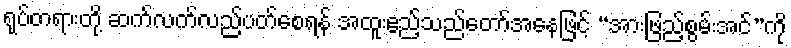
ရုပ်တရားတို့ ဆက်လက်လည်ပတ်စေရန် အထူးဧည့်သည်တော်အနေဖြင့် “အားဖြည့်စွမ်းအင်”ကို